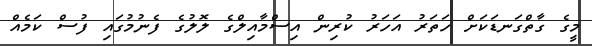
މީގެ ގާތްގަނޑަކަށް ހަތަރު އަހަރު ކުރިން އިސްމާއިލްގެ ލޮލުގެ ފެނުމުގައި ފުސް ކަމެއް